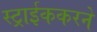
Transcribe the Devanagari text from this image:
स्ट्राईककरने